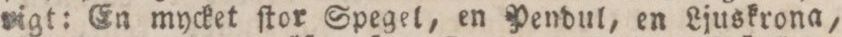
rigt: En mycket ſtor Spegel, en Pendul, en Ljuskrona,